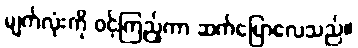
မျက်လုံးကို ဝင့်ကြည့်ကာ ဆက်ပြောလေသည်။